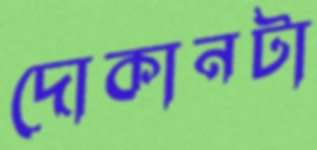
দোকানটা